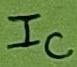
Text: IC